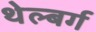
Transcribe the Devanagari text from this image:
थेल्बर्ग